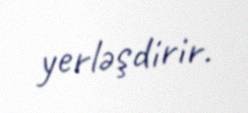
yerləşdirir.